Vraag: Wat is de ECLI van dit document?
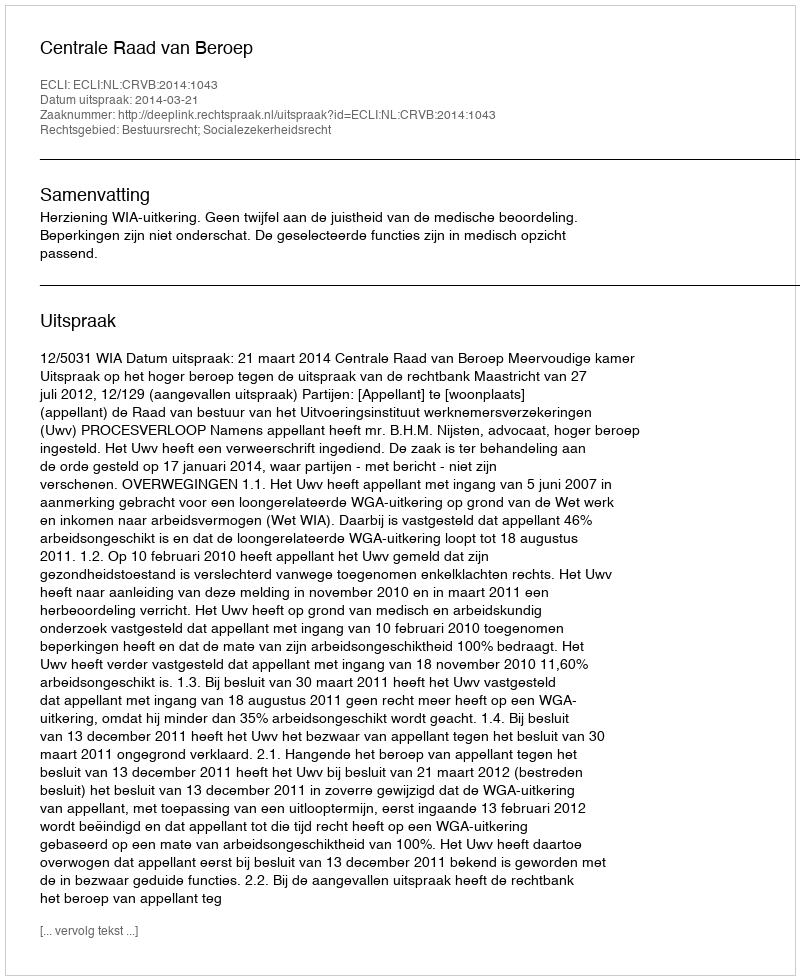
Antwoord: ECLI:NL:CRVB:2014:1043